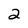
Character: 2